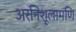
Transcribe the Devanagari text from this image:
अरनिशूलामणि